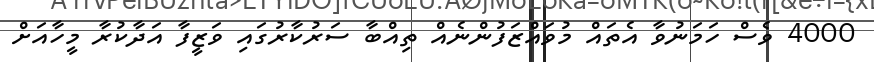
4000 ވެސް ހަމަނުވާ އެތައް މުވައްޒަފުންނެެއް ތިއްބާ ސަރުކާރުގައި ވަޒީފާ އަދާކުރާ މީހާއަށް